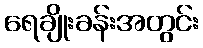
ရေချိုးခန်းအတွင်း